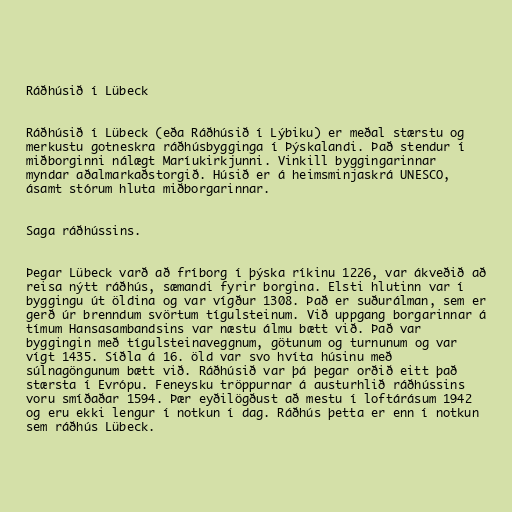
Ráðhúsið í Lübeck

Ráðhúsið í Lübeck (eða Ráðhúsið í Lýbiku) er meðal stærstu og
merkustu gotneskra ráðhúsbygginga í Þýskalandi. Það stendur í
miðborginni nálægt Maríukirkjunni. Vinkill byggingarinnar
myndar aðalmarkaðstorgið. Húsið er á heimsminjaskrá UNESCO,
ásamt stórum hluta miðborgarinnar.

Saga ráðhússins.

Þegar Lübeck varð að fríborg í þýska ríkinu 1226, var ákveðið að
reisa nýtt ráðhús, sæmandi fyrir borgina. Elsti hlutinn var í
byggingu út öldina og var vígður 1308. Það er suðurálman, sem er
gerð úr brenndum svörtum tígulsteinum. Við uppgang borgarinnar á
tímum Hansasambandsins var næstu álmu bætt við. Það var
byggingin með tígulsteinaveggnum, götunum og turnunum og var
vígt 1435. Síðla á 16. öld var svo hvíta húsinu með
súlnagöngunum bætt við. Ráðhúsið var þá þegar orðið eitt það
stærsta í Evrópu. Feneysku tröppurnar á austurhlið ráðhússins
voru smíðaðar 1594. Þær eyðilögðust að mestu í loftárásum 1942
og eru ekki lengur í notkun í dag. Ráðhús þetta er enn í notkun
sem ráðhús Lübeck.